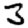
Digit: 3